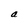
Character: a